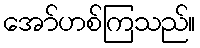
အော်ဟစ်ကြသည်။